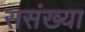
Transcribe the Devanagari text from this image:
ससंख्या